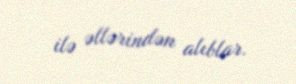
ilə əllərindən alıblar.